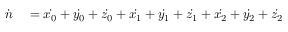
\begin{array} { r l } { \dot { n } } & { { } = \dot { x _ { 0 } } + \dot { y _ { 0 } } + \dot { z _ { 0 } } + \dot { x _ { 1 } } + \dot { y _ { 1 } } + \dot { z _ { 1 } } + \dot { x _ { 2 } } + \dot { y _ { 2 } } + \dot { z _ { 2 } } } \end{array}